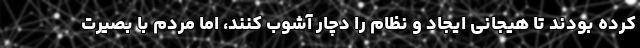
کرده بودند تا هیجانی ایجاد و نظام را دچار آشوب کنند، اما مردم با بصیرت